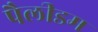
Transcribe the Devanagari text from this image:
पैलीडम